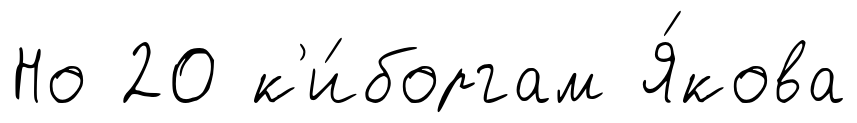
Но 20 к'и́боргам Я́кова